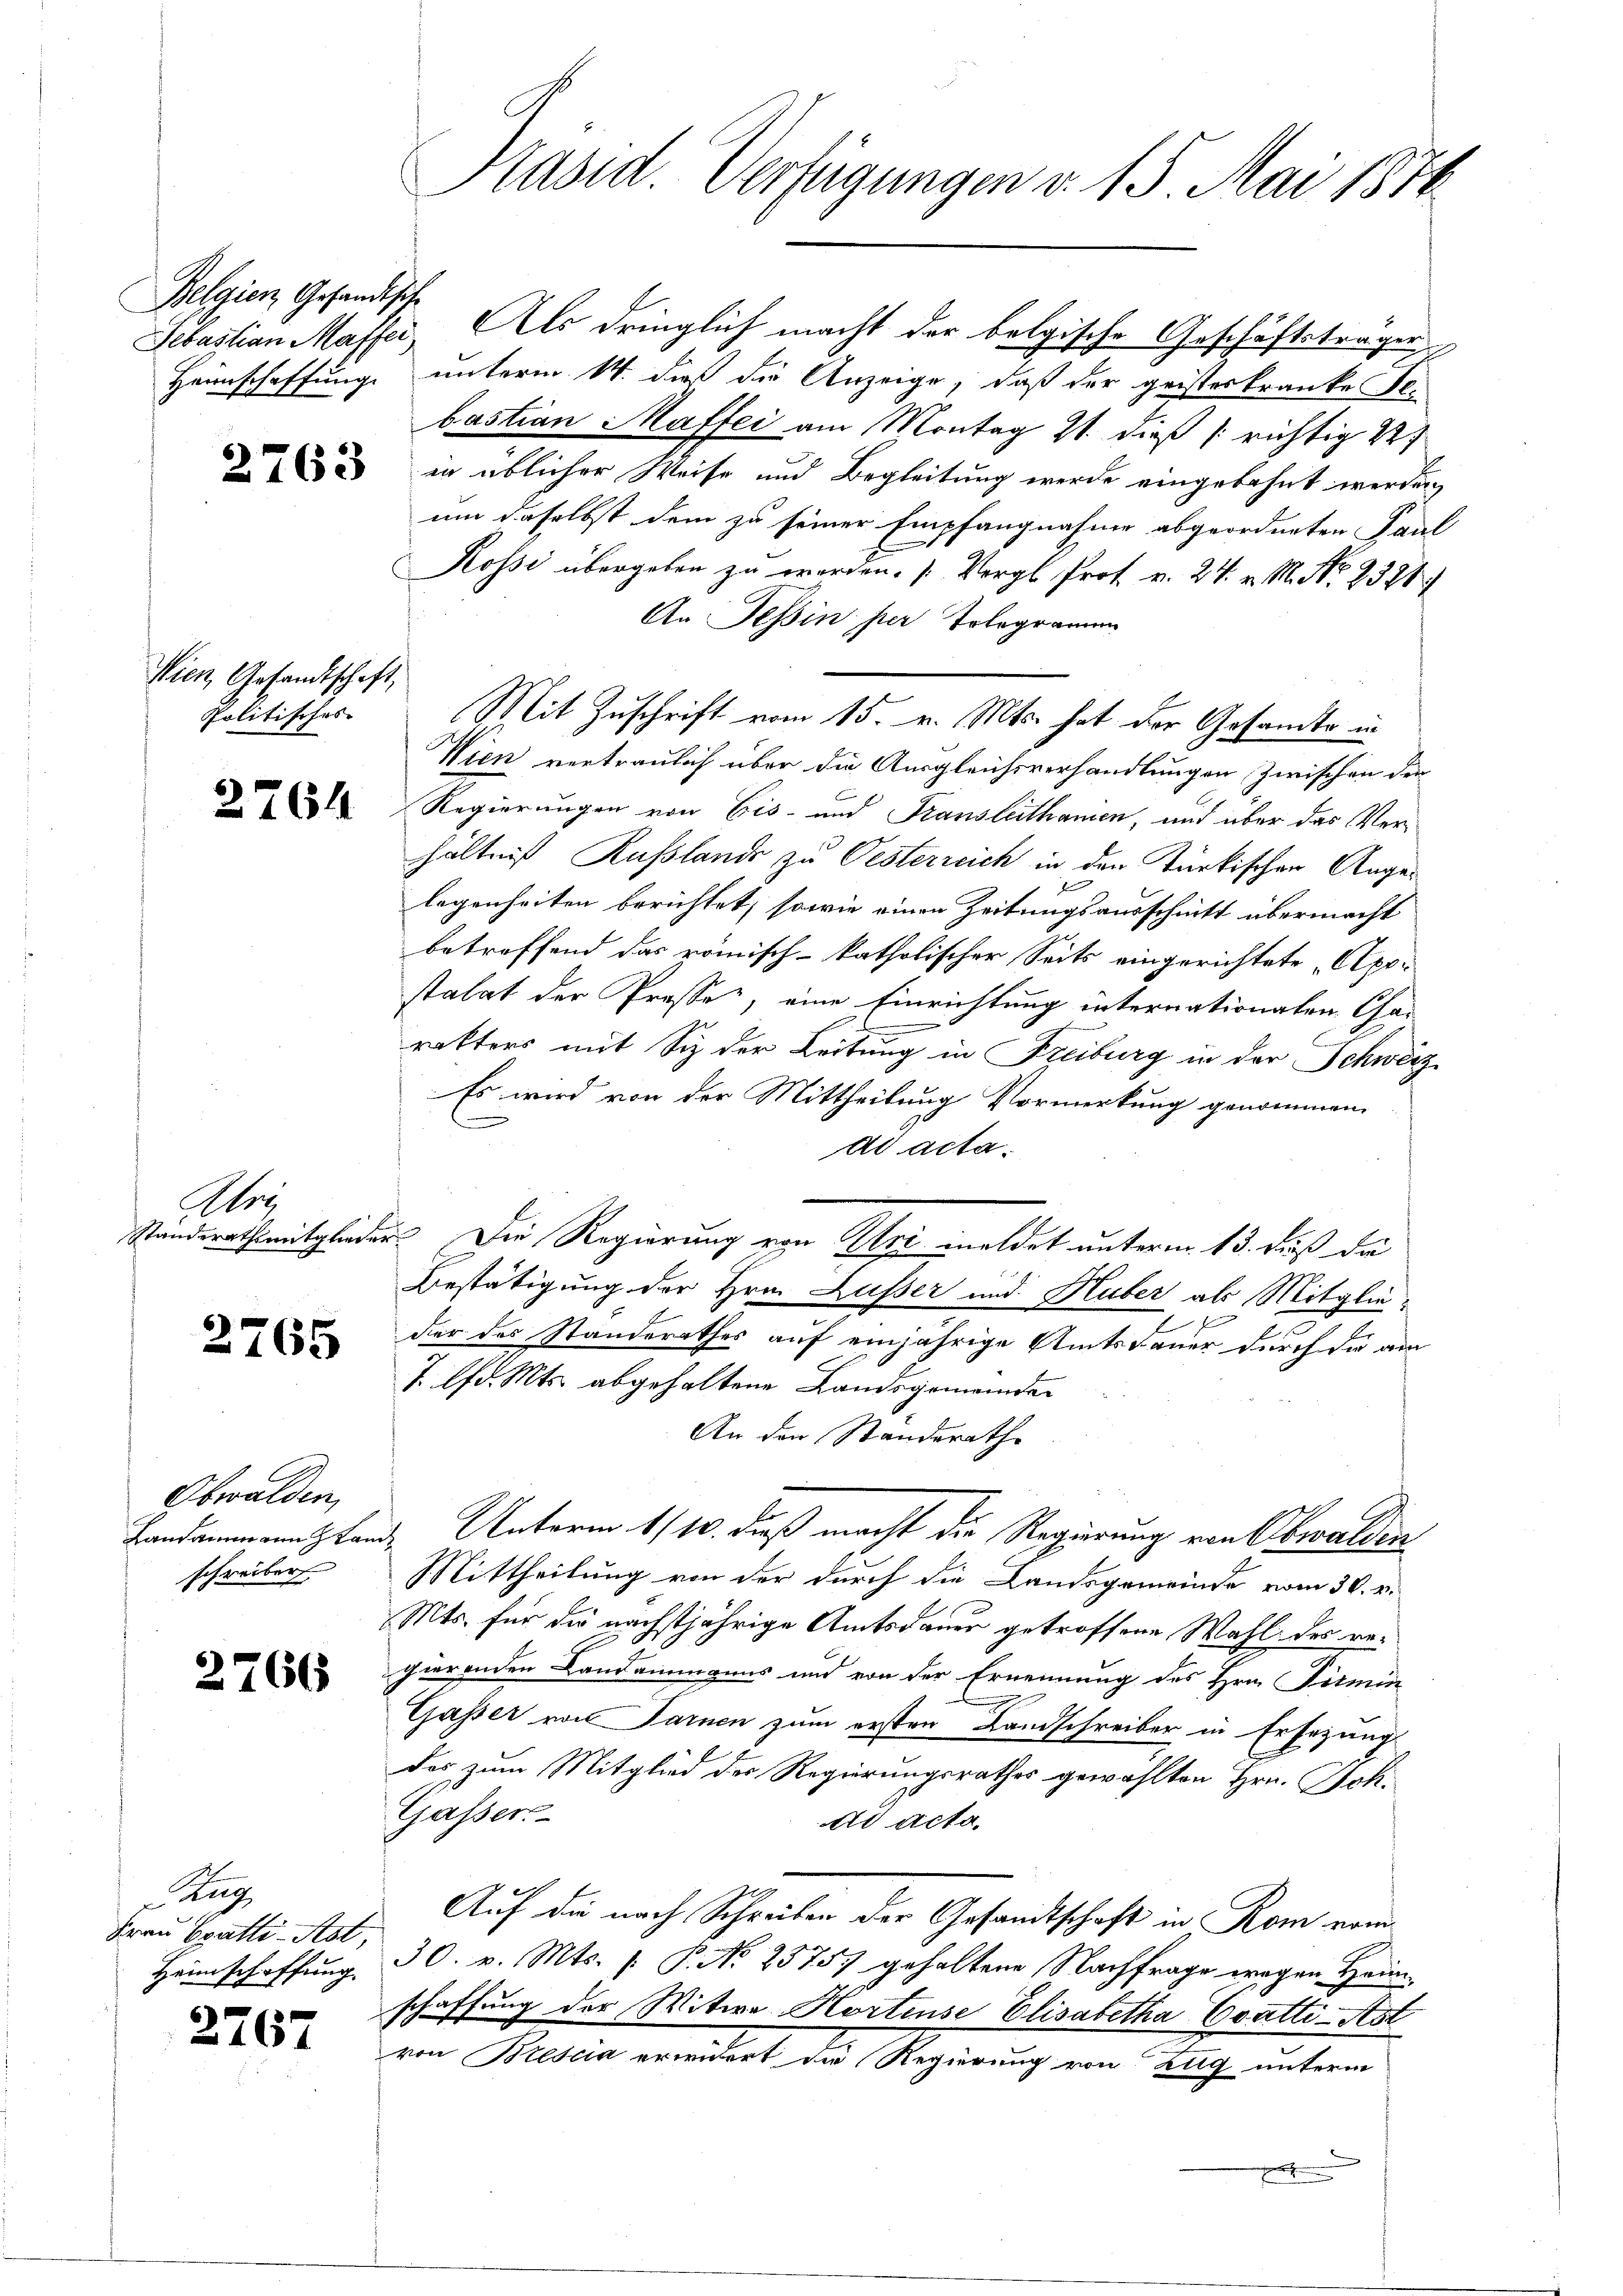
Belgien Gesandtsche

Nien Gesandtschaft,
Politisches

2764

Arr

2765

Obwalden,
schreiber

2766

tag
Frau Bratti-Ast,
Heimschaffung.

2767

Sebastian Masser. Als dringlich macht der belgische Geschäftstragen,
Heimschaffung unterm 14. daß die Anzeige, daß der geisteskranke Sebastian Maffer am Montag 21. dieß (richtig 227
 2 in üblicher Weise und Begleitung werde eingebahnt werden,
um daselbst dem zu seiner Empfangnahme abgeordneten Paul
Rossi übergeben zu werden. (Vergl. Prof. v. 24. v. M. No. 2381
An Tessin per Tolegramm
Mit Zuschrift vom 15. v. Mts. hat der Gesandte in
Wien vertraulich über die Ausgleichsverhandlungen zwischen der
Regierungen von Eis- und Transleithamen, und über das Verhältniß Russlands zu Oesterreich in den Türkischen Angelegenheiten berichtet, sowie einen Zeitungsausschnitt übermacht
betreffend das römisch-katholischer Seits eingerichtete Apo-
statat der Presse, eine Einrichtung internationalen Char
rakters mit Siz der Leitung in Freiburg in der Schweiz
Es wird von der Mittheilung Vormerkung genommen.
s
ad acta.
Standerathsmitglieder. Die Regierung von Mai meldet unterm 13. Fuß die
Bestätigung der Hrn. Lusser und Huber als Mitgliee
der des Standerathes auf einjährige Amtsdauer durch die am
J. lfd. Mts. abgehaltene Landsgemeinden
An den Standerathe
Landammannstand Unterm 1/10. daß macht die Regierung von Obwalden
Mittheilung von der durch die Landsgemeinde vom 30. v.
Mts. für die nächstjährige Amtsdauer getroffene Wahl des regierenden Landammanns und von der Ernennung des Hrn. Firmin
Gasser von Sarnen zum ersten Landschreiber in Ersezung
das zum Mitglied der Regierungsrathes gewählten Hrn. Joh.
Gasser
tie acta.
Auf die nach Schreiben der Gesandtschaft in Rom vom
30. v. Mts. f. P. No 2575) gehaltene Nachfrage wegen Heimschaffung der Witwe Hortense Elisabetha Evatti-Ast
von Brescia erwidert die Regierung von Zug unterm
.

Präsid. Verfügungen v. 15 Mai 1870